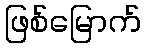
ဖြစ်မြောက်